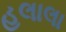
હલાલા